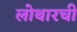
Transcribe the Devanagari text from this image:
लोथारची